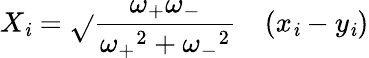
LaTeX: X_{\mathit{i}}={\sqrt{}{{\frac{{\omega_{+}\omega_{-}}}{{{\omega_{+}}^{2}+{\omega_{-}}^{2}}}}}}\quad(x_{\mathit{i}}-y_{\mathit{i}})